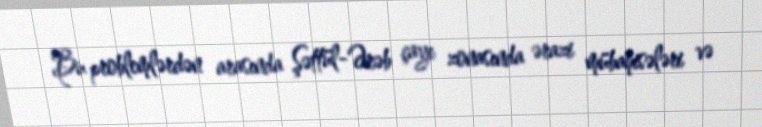
Bu problemlərdən arasında Şəttül-Ərəb çayı zonasında ərazi mübahisələri və